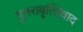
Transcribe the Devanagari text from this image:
पुनरावृत्‍तिवाद